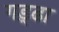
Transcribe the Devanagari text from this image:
गड़्ढा